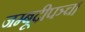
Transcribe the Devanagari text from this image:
जम्बूदीपञ्च।